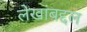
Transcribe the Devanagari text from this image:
लेखांबद्दल